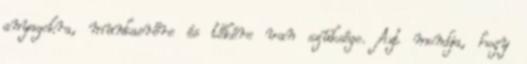
anyagokra, munkaerőre és tőkére van szüksége. Azt mondja, hogy